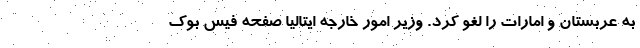
به عربستان و امارات را لغو کرد. وزیر امور خارجه ایتالیا صفحه فیس بوک